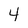
Character: 4